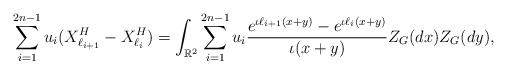
LaTeX: \begin{align*}\sum_{i=1}^{2n-1}u_i(X^H_{\ell_{i+1}}-X^H_{\ell_i})=\int_{\mathbb{R}^2}\sum_{i=1}^{2n-1}u_i\frac{e^{\iota \ell_{i+1}(x+y)}-e^{\iota \ell_{i}(x+y)}}{\iota(x+y)}Z_G(dx)Z_G(dy),\end{align*}